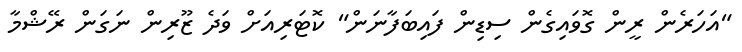
"އަހަރެން ރީން ގޮވައިގެން ސިޑިން ފައިބަފާނަން" ކޮޓަރިއަށް ވަދެ ޒޫރިން ނަގަން ރޭޝްމާ